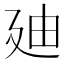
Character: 廸